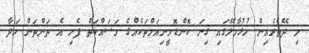
މި ދޭތެރެއިން ހުޅުމާލޭގައި ގިނަ ކޮންޑޮމީނިއަމްތަކެއްގެ މަސައްކަތް ފެށި އެ ތަންތަން ހަދާ